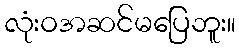
လုံးဝအဆင်မပြေဘူး။